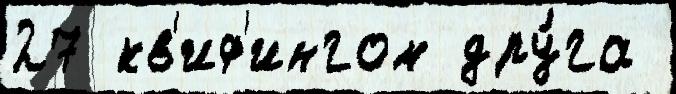
27 кв'иф'ингом дру́га